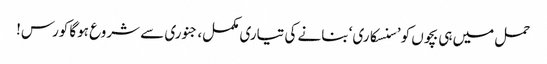
حمل میں ہی بچوں کو ’سنسکاری‘ بنانے کی تیاری مکمل، جنوری سے شروع ہوگا کورس!